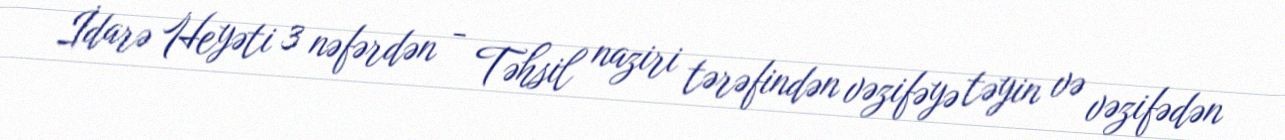
İdarə Heyəti 3 nəfərdən - Təhsil naziri tərəfindən vəzifəyə təyin və vəzifədən